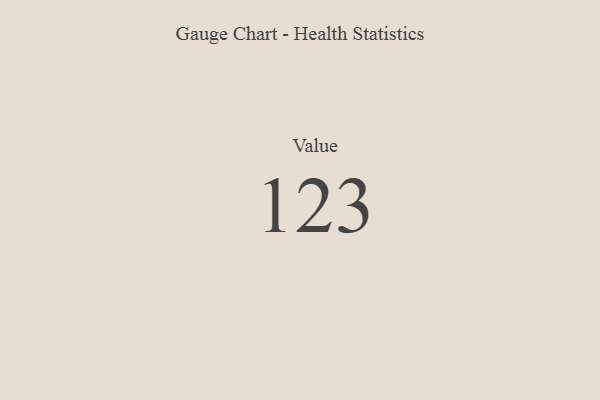
{"axis": {"x": "Metric", "y": "Value"}, "legend": [""], "data": [{"x": "Value", "y": 123, "type": ""}]}